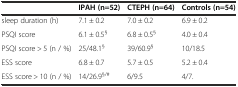
<table><thead><tr><td></td><td><b>IPAH (n=52)</b></td><td><b>CTEPH (n=64)</b></td><td><b>Controls (n=54)</b></td></tr></thead><tbody><tr><td>sleep duration (h)</td><td>7.1 ± 0.2</td><td>7.0 ± 0.2</td><td>6.9 ± 0.2</td></tr><tr><td>PSQI score</td><td>6.1 ± 0.5<sup>§</sup></td><td>6.8 ± 0.5<sup>§</sup></td><td>4.0 ± 0.4</td></tr><tr><td>PSQI score &gt; 5 (n / %)</td><td>25/48.1<sup>§</sup></td><td>39/60.9<sup>§</sup></td><td>10/18.5</td></tr><tr><td>ESS score</td><td>6.8 ± 0.7</td><td>5.7 ± 0.5</td><td>5.2 ± 0.4</td></tr><tr><td>ESS score &gt; 10 (n / %)</td><td>14/26.9<sup>§/</sup><sup>#</sup></td><td>6/9.5</td><td>4/7.</td></tr></tbody></table>